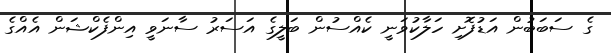
ގެ ސަބަބުން އަޑުފޮށި ހަލާކުވަނީ ކެއްސުން ބަލީގެ އަސަރު ސާނަވީ އިންފެކްޝަން އެއްގެ